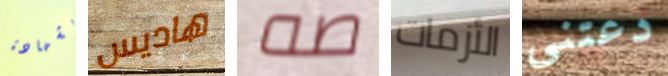
بشهادة هاديس صه الأزمات دعتني